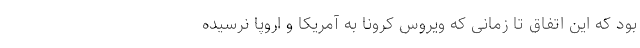
بود که این اتفاق تا زمانی که ویروس کرونا به آمریکا و اروپا نرسیده